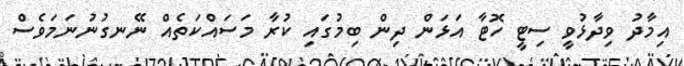
އިމާދު ވިދާޅުވީ ސިޓީ ހޮޓާ އަޅަން ދިން ބިމުގައި ކުރާ މަސައްކަތެއް ނޭނގުނުނަމަވެސް